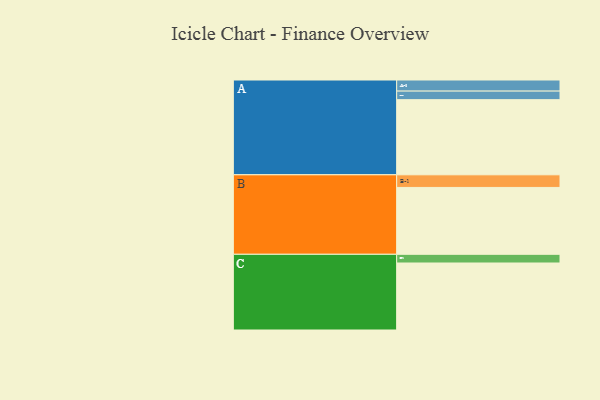
{"axis": {"x": "Segment", "y": "Value"}, "legend": ["", "A", "B", "C"], "data": [{"x": "A", "y": 535, "type": ""}, {"x": "B", "y": 476, "type": ""}, {"x": "C", "y": 477, "type": ""}, {"x": "A-1", "y": 79, "type": "A"}, {"x": "A-2", "y": 61, "type": "A"}, {"x": "B-1", "y": 90, "type": "B"}, {"x": "C-1", "y": 62, "type": "C"}]}